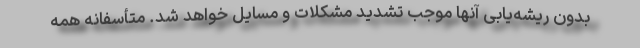
بدون ریشه‌یابی آنها موجب تشدید مشکلات و مسایل خواهد شد. متأسفانه همه